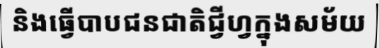
និងធ្វើបាបជនជាតិជ្វីហ្វក្នុងសម័យ